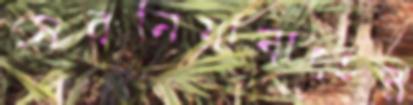
সেরনিয়াবাতের